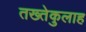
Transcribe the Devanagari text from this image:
तख्तेकुलाह